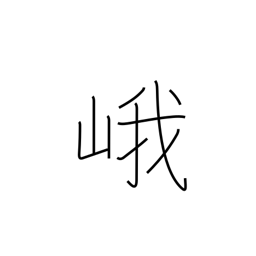
Meaning: high mountain